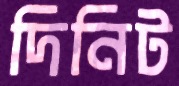
দিনিট